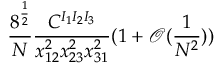
\frac { 8 ^ { \frac { 1 } { 2 } } } { N } \frac { C ^ { I _ { 1 } I _ { 2 } I _ { 3 } } } { x _ { 1 2 } ^ { 2 } x _ { 2 3 } ^ { 2 } x _ { 3 1 } ^ { 2 } } ( 1 + \mathcal { O } ( \frac { 1 } { N ^ { 2 } } ) )